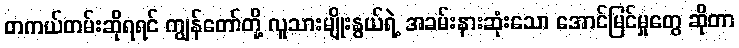
တကယ်တမ်းဆိုရရင် ကျွန်တော်တို့ လူသားမျိုးနွယ်ရဲ့ အခမ်းနားဆုံးသော အောင်မြင်မှုတွေ ဆိုတာ